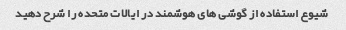
شیوع استفاده از گوشی های هوشمند در ایالات متحده را شرح دهید